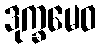
ဒုက္ခမေဝ